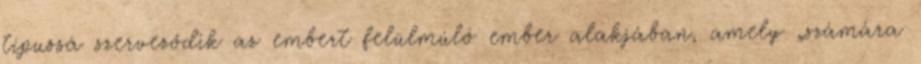
típussá szerveződik az embert felülmúló ember alakjában, amely „számára